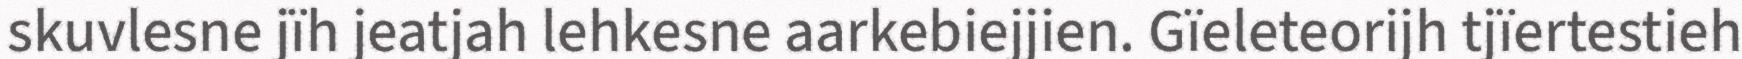
skuvlesne jïh jeatjah lehkesne aarkebiejjien. Gïeleteorijh tjïertestieh